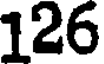
126